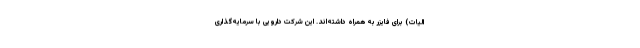
الیات) برای فایزر به همراه داشته‌اند. این شرکت دارویی با سرمایه‌گذاری